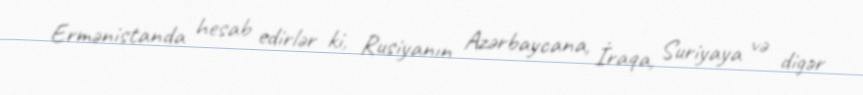
Ermənistanda hesab edirlər ki, Rusiyanın Azərbaycana, İraqa, Suriyaya və digər